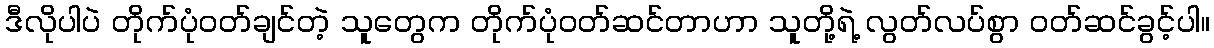
ဒီလိုပါပဲ တိုက်ပုံဝတ်ချင်တဲ့ သူတွေက တိုက်ပုံဝတ်ဆင်တာဟာ သူတို့ရဲ့ လွတ်လပ်စွာ ဝတ်ဆင်ခွင့်ပါ။